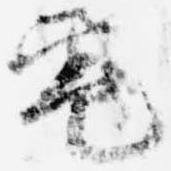
電